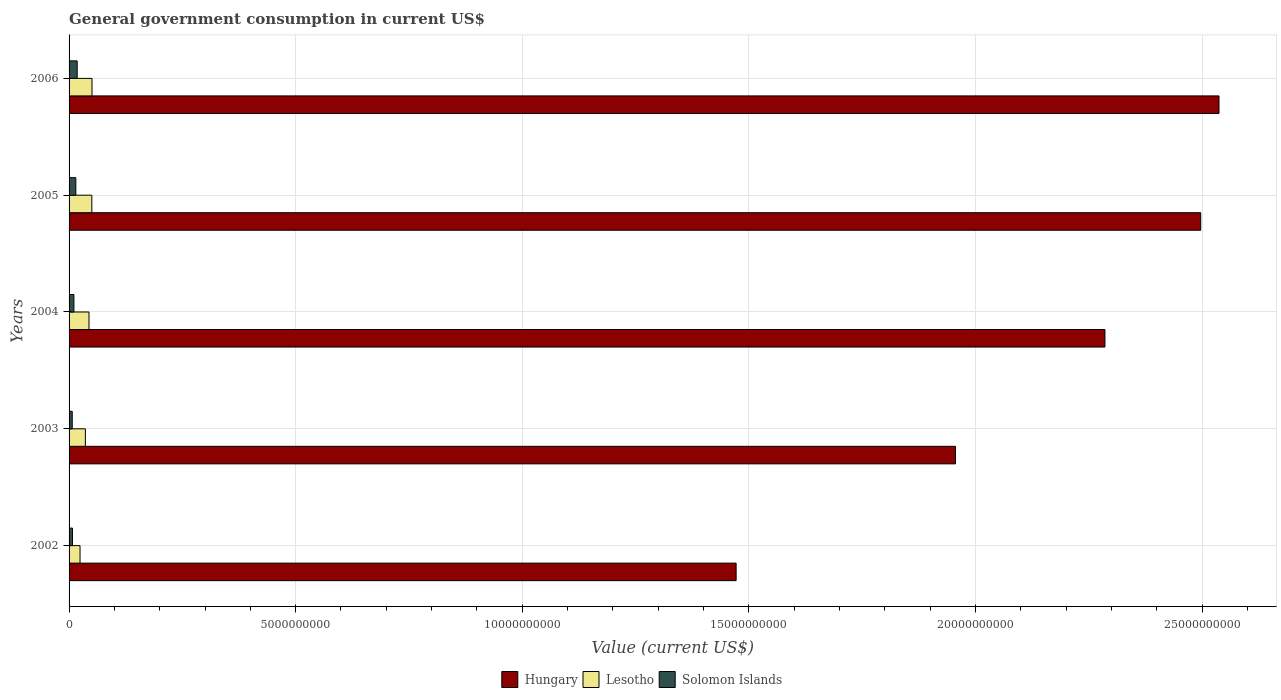
| Years | Hungary | Lesotho | Solomon Islands |
 | --- | --- | --- | --- |
 | 2002 | 1.47e+10 | 2.42e+08 | 7.49e+07 |
 | 2003 | 1.96e+10 | 3.6e+08 | 6.99e+07 |
 | 2004 | 2.29e+10 | 4.4e+08 | 1.07e+08 |
 | 2005 | 2.5e+10 | 5.02e+08 | 1.49e+08 |
 | 2006 | 2.54e+10 | 5.06e+08 | 1.79e+08 |